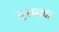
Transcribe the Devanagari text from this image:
थुरामचा